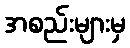
အစည်းများမှ